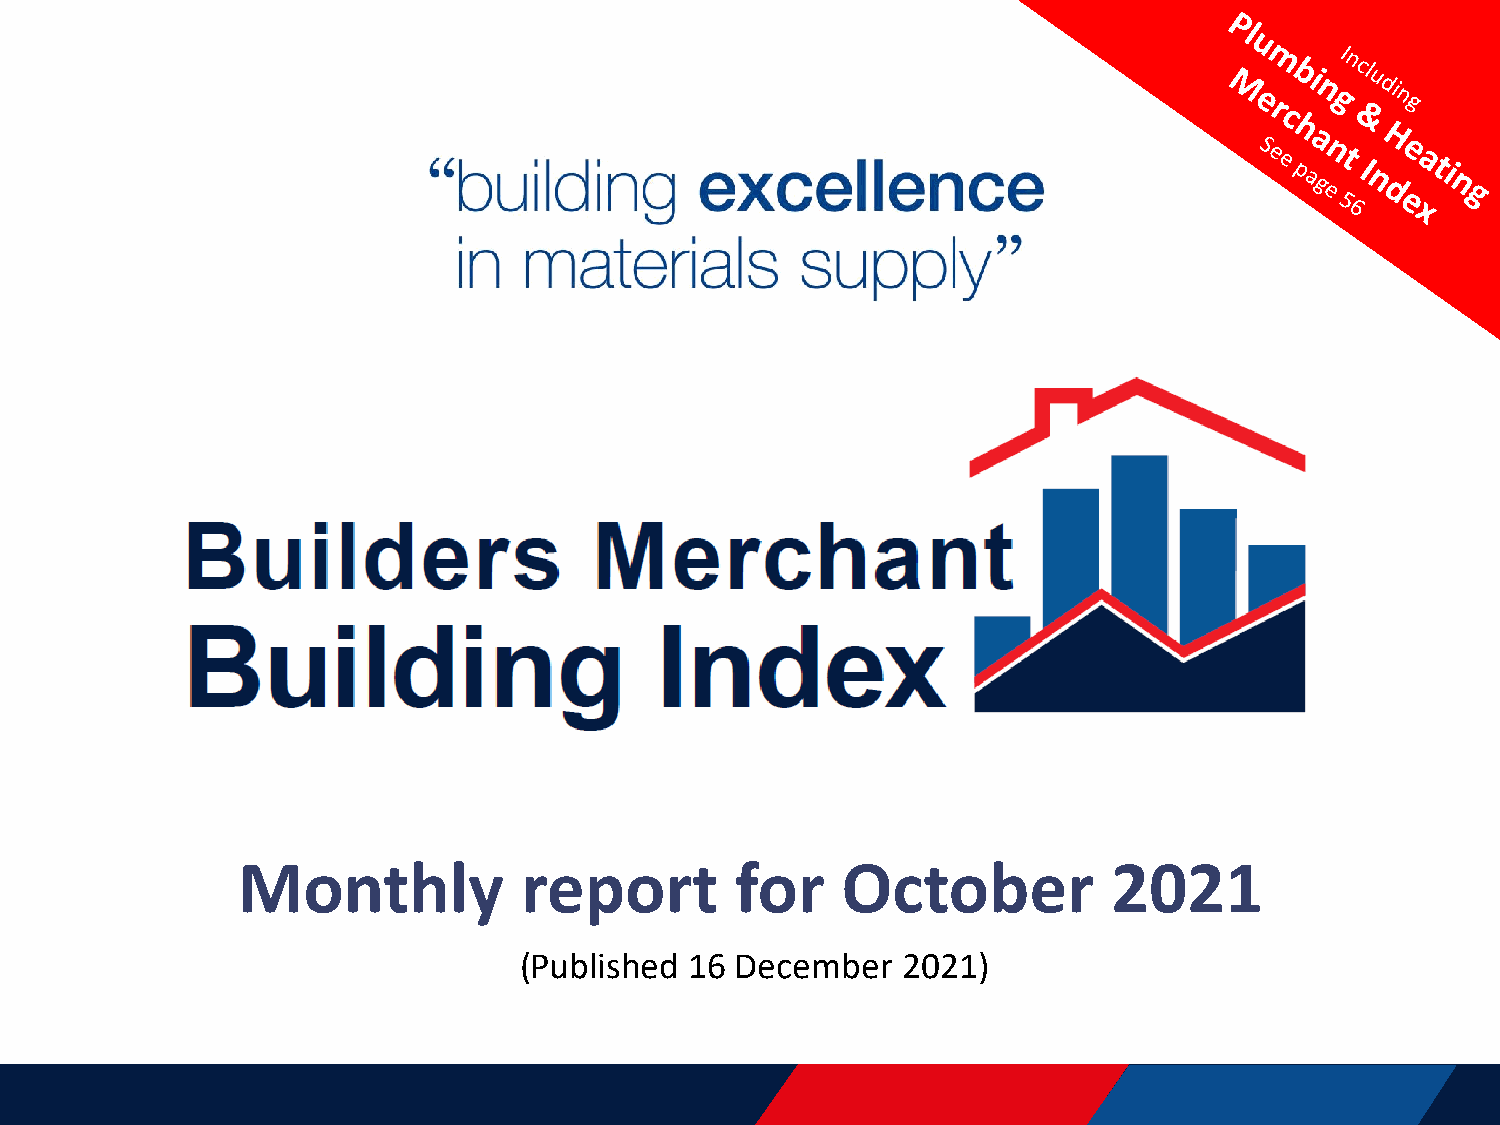
Monthly            report        for    October           2021
 (Published  16 December   2021)
 www.bmbi.co.uk info@bmbi.co.uk @theBMBI